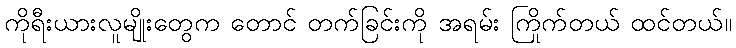
ကိုရီးယားလူမျိုးတွေက တောင် တက်ခြင်းကို အရမ်း ကြိုက်တယ် ထင်တယ်။